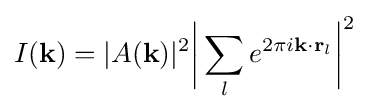
I({\textbf {k}})=|A({\textbf {k}})|^{2}{\bigg |}\sum _{l}e^{2\pi i{\textbf {k}}\cdot {\textbf {r}}_{l}}{\bigg |}^{2}